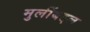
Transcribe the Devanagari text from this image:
मुलींबद्दल